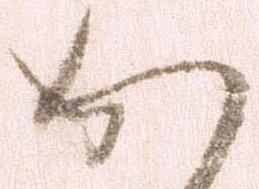
か